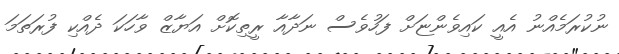
ނުކުރަމެއްނު އެއީ ކައިވެންޏަށް ފަހުވެސް ނަދާއާ ރީތިކޮށް އަޔާޒް ވާހަކަ ދެއްކި ފުރަތަމަ